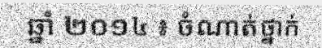
ឆ្នាំ ២០១៤ ៖ ចំណាត់ថ្នាក់